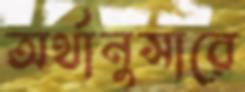
অর্থানুসারে